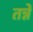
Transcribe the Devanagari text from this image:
तन्ने